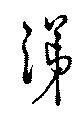
涕